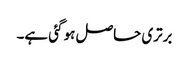
برتری حاصل ہو گئی ہے۔